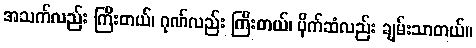
အသက်လည်း ကြီးတယ်၊ ဂုဏ်လည်း ကြီးတယ်၊ ပိုက်ဆံလည်း ချမ်းသာတယ်။